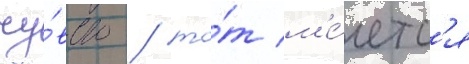
чу́вство / то́т м'е́четс'я